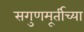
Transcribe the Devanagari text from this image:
सगुणमूर्तीच्या